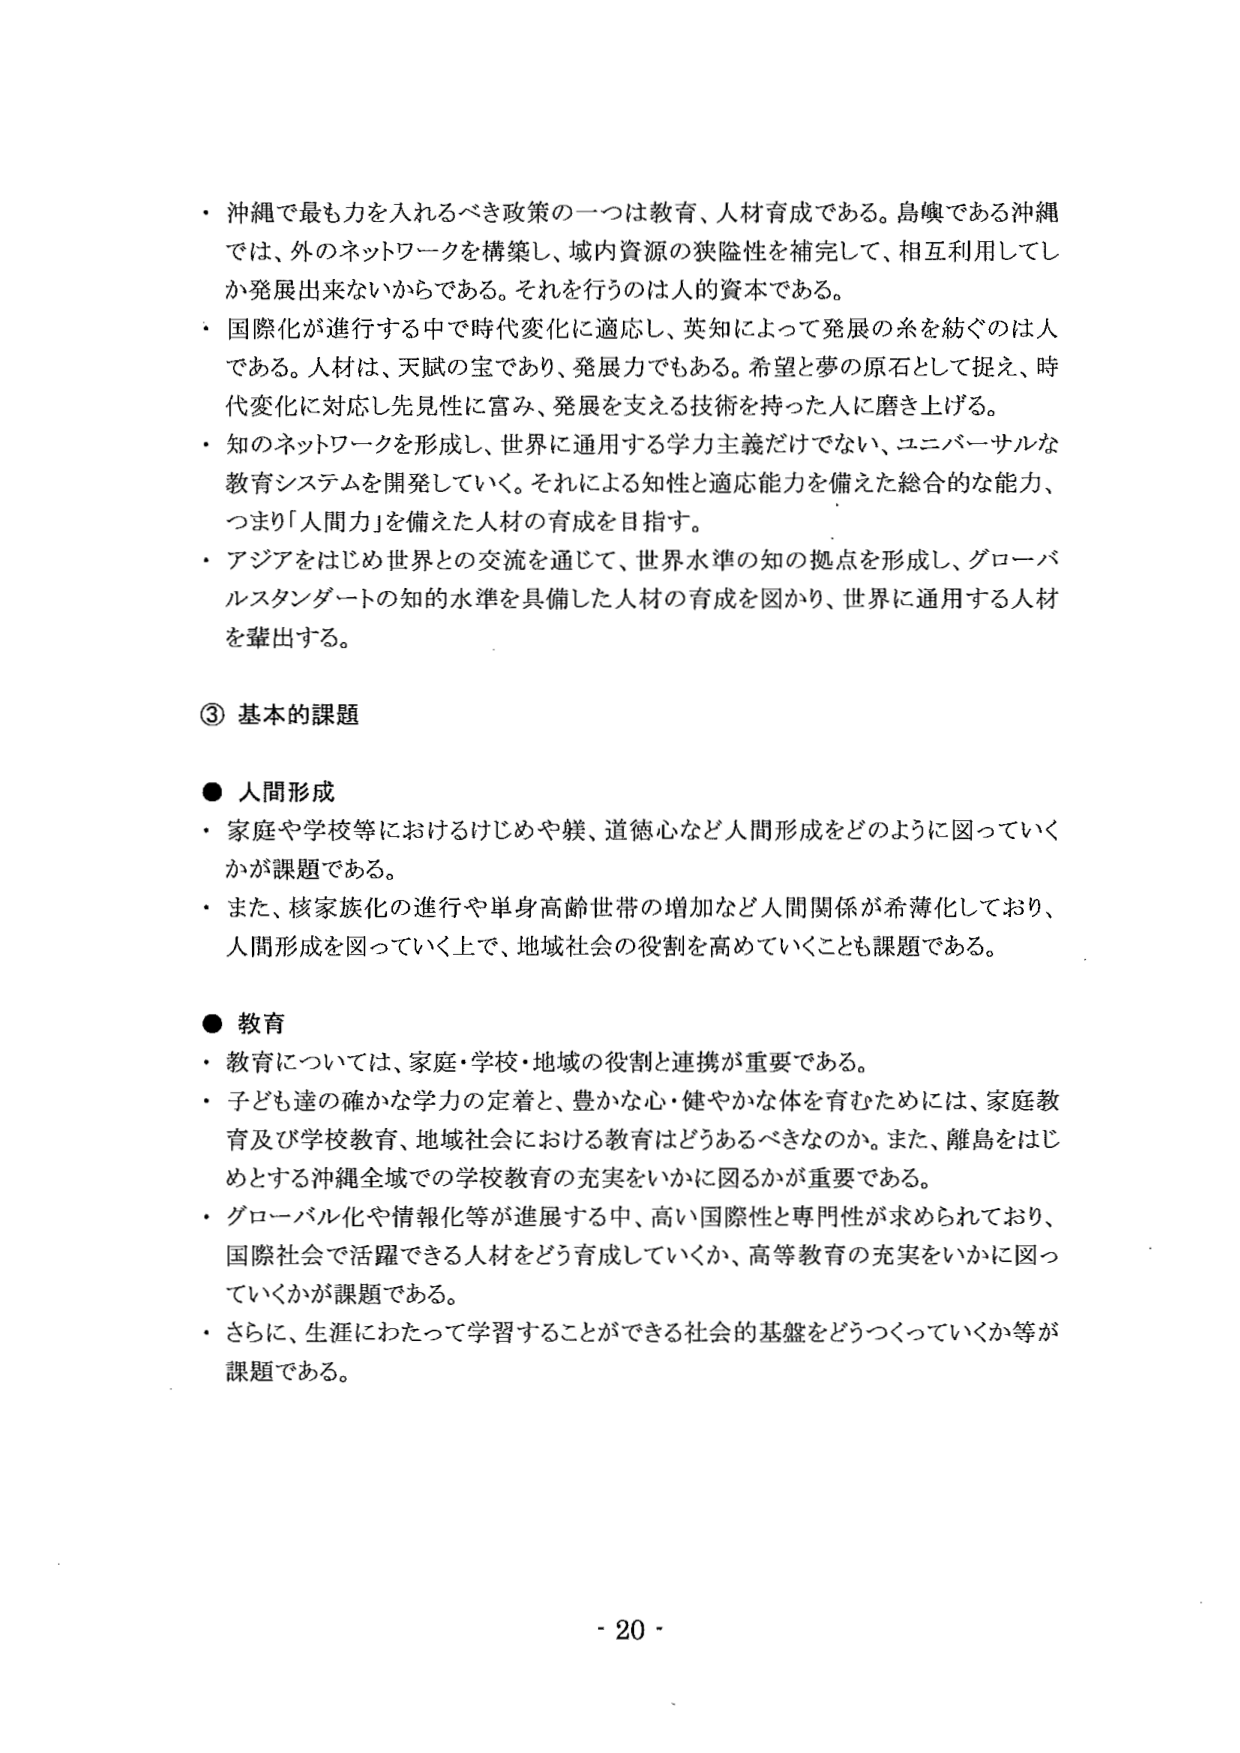
・沖縄で最も力を入れるべき政策の一つは教育、人材育成である。島嶼である沖縄では、外のネットワークを構築し、域内資源の狭隘性を補完して、相互利用してしか発展出来ないからである。それを行うのは人的資本である。

・国際化が進行する中で時代変化に適応し、英知によって発展の糸を紡ぐのは人である。人材は、天賦の宝であり、発展力でもある。希望と夢の原石として捉え、時代変化に対応し先見性に富み、発展を支える技術を持った人に磨き上げる。

・知のネットワークを形成し、世界に通用する学力主義だけでなく、ユニバーサルな教育システムを開発していく。それによる知性と適応能力を備えた総合的な能力、つまり「人間力」を備えた人材の育成を目指す。

・アジアをはじめ世界との交流を通じて、世界水準の知の拠点を形成し、グローバルスタンダードの知的水準を具備した人材の育成を図り、世界に通用する人材を輩出する。

③ 基本的課題

● 人間形成

・家庭や学校等におけるけじめや躾、道徳心など人間形成をどのように図っていくかが課題である。

・また、核家族化の進行や単身高齢世帯の増加など人間関係が希薄化しており、人間形成を図っていく上で、地域社会の役割を高めていくことも課題である。

● 教育

・教育については、家庭・学校・地域の役割と連携が重要である。

・子ども達の確かな学力の定着と、豊かな心・健やかな体を育むためには、家庭教育及び学校教育、地域社会における教育はどうあるべきなのか。また、離島をはじめとする沖縄全域での学校教育の充実をいかに図るかが重要である。

・グローバル化や情報化等が進展する中、高い国際性と専門性が求められており、国際社会で活躍できる人材をどう育成していくか、高等教育の充実をいかに図っていくかが課題である。

・さらに、生涯にわたって学習することができる社会的基盤をどうつくっていくか等が課題である。

- 20 -